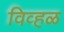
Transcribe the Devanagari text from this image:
विव्हळ